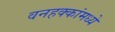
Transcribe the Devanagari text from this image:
वनहक्कांमध्ये